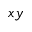
x y